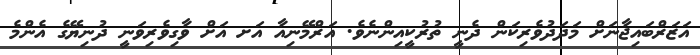
އަޒަރްބައިޖާނަށް މަދަދުވެރިކަން ދެނީ ތުރުކީއިންނެވެ. އަރްމޭނިއާ އަށ އަށް ވާގިވެރިވަނީ ދުނިޔޭގެ އެންމެ